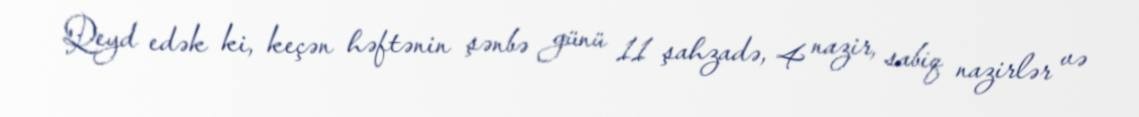
Qeyd edək ki, keçən həftənin şənbə günü 11 şahzadə, 4 nazir, sabiq nazirlər və